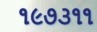
૧૯૭૩૧૧